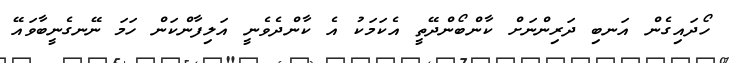
ހޯދައިގެން އަނބި ދަރިންނަށް ކާންބޯންދޭތީ އެކަމަކު އެ ކާންދެވެނީ އަލިފާންކަން ހަމަ ނޭނގެނީބާވައޭ